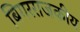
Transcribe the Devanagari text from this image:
बिगरराजकीय